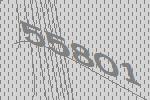
55801